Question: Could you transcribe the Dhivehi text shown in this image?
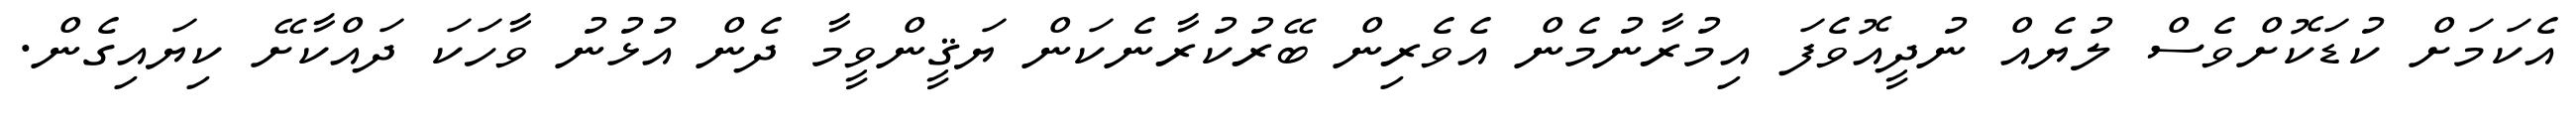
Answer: އެކަމަށް ކުޑަކޮށްވެސް ލުޔެއް ނުދީއޮވެފަ އިމުރާނުމެން އެވެރިން ބޭރުކުރާނެކަން ޔަޤީންވީމާ ދެން އުޅުނު ވާހަކަ ދައްކާށޭ ކިޔައިގެން.